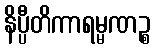
နိပ္ပီတိကာရမ္မဏဉ္စ